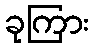
ခုကြား